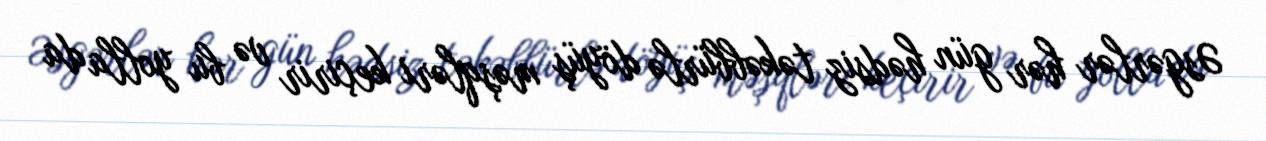
Əsgərlər hər gün hədsiz təkəbbürlə döyüş məşqləri keçirir və bu yolla da